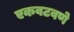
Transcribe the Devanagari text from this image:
एकवटवणे